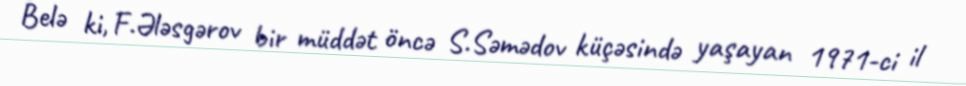
Belə ki, F.Ələsgərov bir müddət öncə S.Səmədov küçəsində yaşayan 1971-ci il